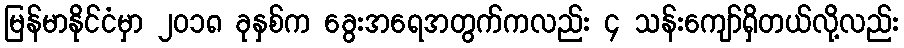
မြန်မာနိုင်ငံမှာ ၂၀၁၈ ခုနှစ်က ခွေးအရေအတွက်ကလည်း ၄ သန်းကျော်ရှိတယ်လို့လည်း